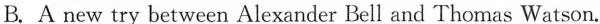
B. A new try between Alexander Bell and Thomas Watson.